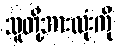
သူတို့အားလုံးကို